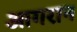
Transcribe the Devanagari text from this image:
आगरान